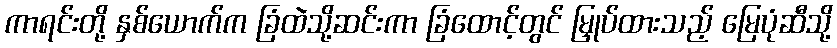
ကာရင်းတို့ နှစ်ယောက်က ခြံထဲသို့ဆင်းကာ ခြံထောင့်တွင် မြှုပ်ထားသည့် မြေပုံဆီသို့